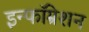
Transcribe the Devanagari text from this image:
इन्फॉम्रेशन